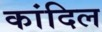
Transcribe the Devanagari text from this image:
कांदिल